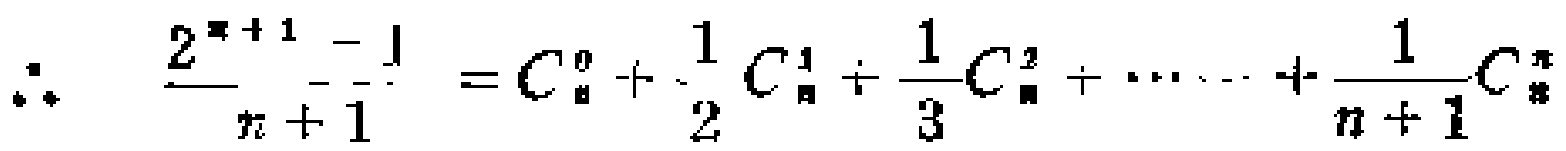
\(\therefore\quad \frac{2^{n + 1}-1}{n + 1}=C_{n}^{0}+\frac{1}{2}C_{n}^{1}+\frac{1}{3}C_{n}^{2}+\cdots+\frac{1}{n + 1}C_{n}^{n}\)